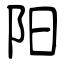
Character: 阳